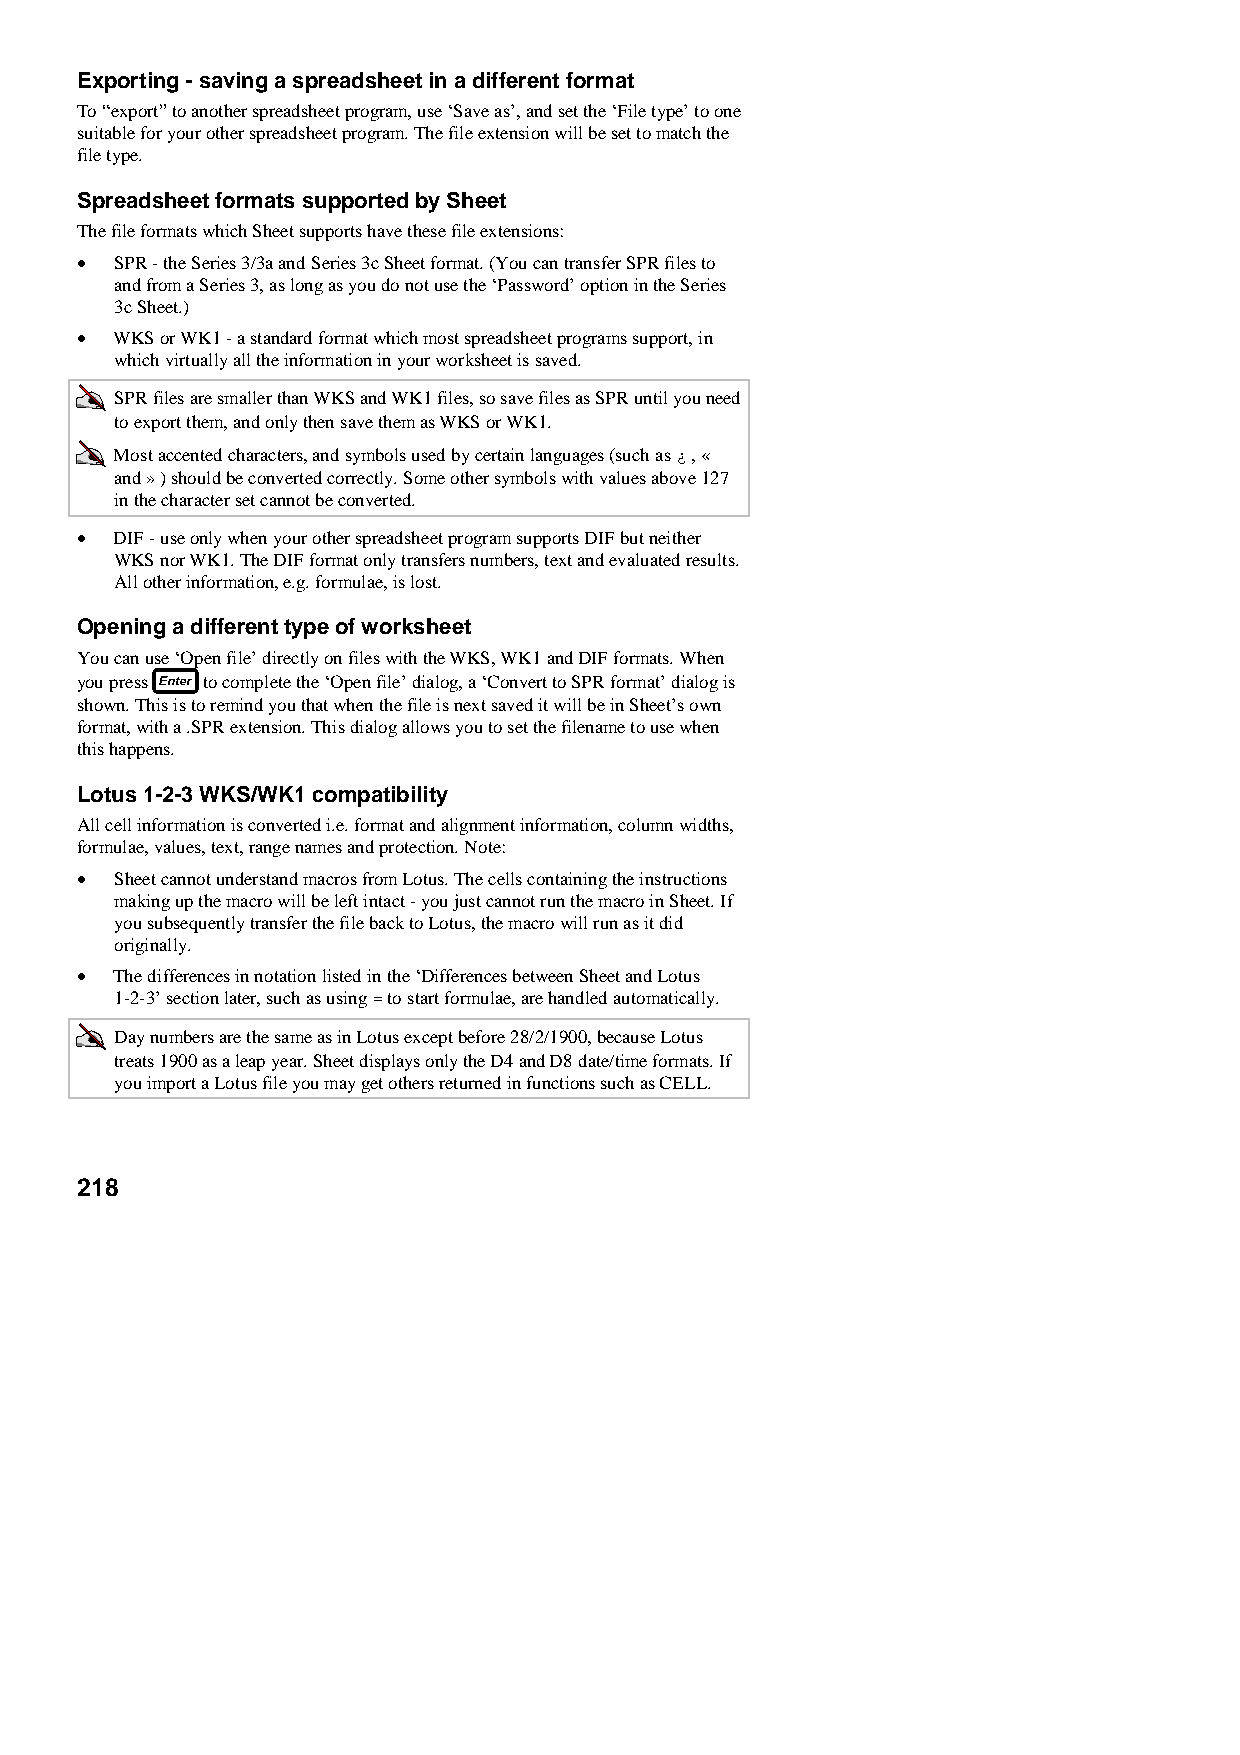
Exporting - saving a spreadsheet in a different format
 To “export” to another spreadsheet program, use ‘Save as’, and set the ‘File type’ to one
 suitable for your other spreadsheet program. The file extension will be set to match the
 file type.
 Spreadsheet formats supported by Sheet
 The file formats which Sheet supports have these file extensions:
 •  SPR - the Series 3/3a and Series 3c Sheet format. (You can transfer SPR files to
 and from a Series 3, as long as you do not use the ‘Password’ option in the Series
 3c Sheet.)
 •  WKS or WK1 - a standard format which most spreadsheet programs support, in
 which virtually all the information in your worksheet is saved.
 SPR files are smaller than WKS and WK1 files, so save files as SPR until you need
 to export them, and only then save them as WKS or WK1.
 Most accented characters, and symbols used by certain languages (such as ¿ , «
 and » ) should be converted correctly. Some other symbols with values above 127
 in the character set cannot be converted.
 •  DIF - use only when your other spreadsheet program supports DIF but neither
 WKS nor WK1. The DIF format only transfers numbers, text and evaluated results.
 All other information, e.g. formulae, is lost.
 Opening a different type of worksheet
 You can use ‘Open file’ directly on files with the WKS, WK1 and DIF formats. When
 you press to complete the ‘Open file’ dialog, a ‘Convert to SPR format’ dialog is
 shown. This is to remind you that when the file is next saved it will be in Sheet’s own
 format, with a .SPR extension. This dialog allows you to set the filename to use when
 this happens.
 Lotus 1-2-3 WKS/WK1 compatibility
 All cell information is converted i.e. format and alignment information, column widths,
 formulae, values, text, range names and protection. Note:
 •  Sheet cannot understand macros from Lotus. The cells containing the instructions
 making up the macro will be left intact - you just cannot run the macro in Sheet. If
 you subsequently transfer the file back to Lotus, the macro will run as it did
 originally.
 •  The differences in notation listed in the ‘Differences between Sheet and Lotus
 1-2-3’ section later, such as using = to start formulae, are handled automatically.
 Day numbers are the same as in Lotus except before 28/2/1900, because Lotus
 treats 1900 as a leap year. Sheet displays only the D4 and D8 date/time formats. If
 you import a Lotus file you may get others returned in functions such as CELL.
 218